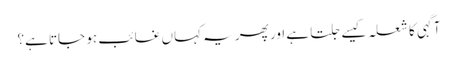
آگہی کا شعلہ کیسے جلتا ہے اور پھر یہ کہاں غائب ہو جاتا ہے؟